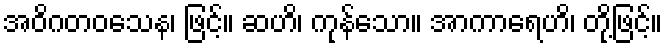
အဝိဂတဝသေန၊ ဖြင့်။ ဆဟိ၊ ကုန်သော။ အာကာရေဟိ၊ တို့ဖြင့်။